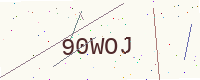
Text: 90WOJ